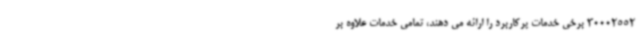
30002552 برخی خدمات پرکاربرد را ارائه می دهند، تمامی خدمات علاوه بر